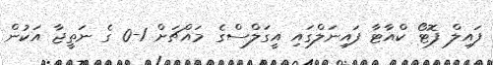
ފައިލް ފޮޓޯ ކްއާޓާ ފައިނަލްގައި އީގަލްސްގެ މައްޗަށް 1-0 ގެ ނަތީޖާ އަކުން